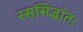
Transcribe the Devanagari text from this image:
रससिद्धांतः